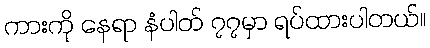
ကားကို နေရာ နံပါတ် ၇၇မှာ ရပ်ထားပါတယ်။